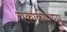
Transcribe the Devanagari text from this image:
चकाकीपणा